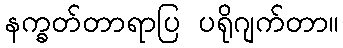
နက္ခတ်တာရာပြ ပရိုဂျက်တာ။